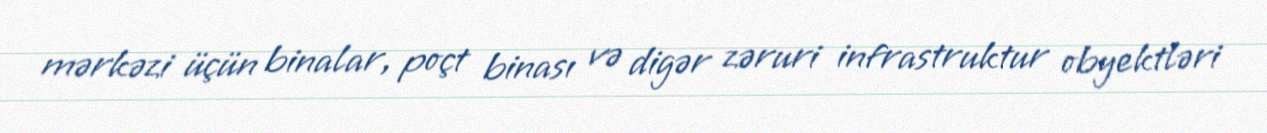
mərkəzi üçün binalar, poçt binası və digər zəruri infrastruktur obyektləri